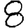
Digit: 8